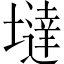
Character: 墶